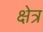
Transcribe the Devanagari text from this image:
क्षेत्र